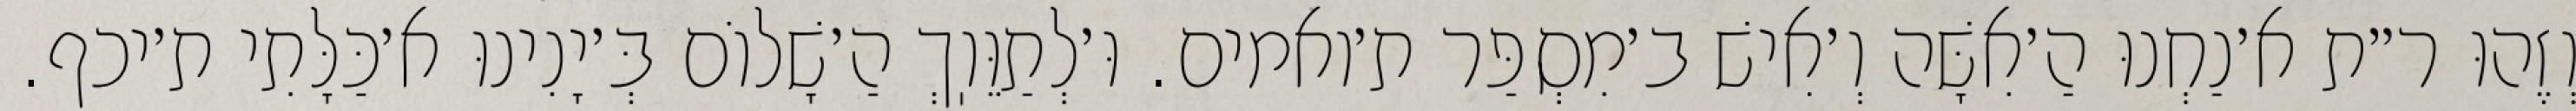
וְזֶהוּ ר״ת א׳נַחְנוּ הַ׳אִשָּׁה וְ׳אִישׁ ב׳מִסְפַּר ת׳ואמים. וּ׳לְתַוֵּוֽךְ הַ׳שָׁלוֹם בְּ׳יָנִינוּ א׳כַּלָּתִי ת׳יכף.